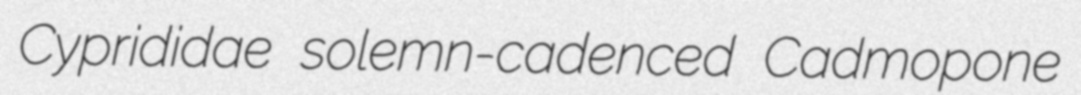
Cyprididae solemn-cadenced Cadmopone